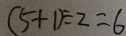
( 5 + 1 ) \div 2 = 6